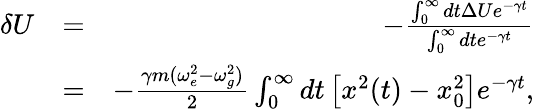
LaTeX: \begin{array}{rlr}{\delta U}&{=}&{-\frac{\int_{0}^{\infty}dt\Delta Ue^{-\gamma t}}{\int_{0}^{\infty}dte^{-\gamma t}}}\\ &{=}&{-\frac{\gamma m(\omega_{e}^{2}-\omega_{g}^{2})}{2}\int_{0}^{\infty}dt\left[x^{2}(t)-x_{0}^{2}\right]e^{-\gamma t},}\end{array}